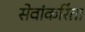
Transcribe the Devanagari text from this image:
सेवांकरिंता